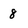
Character: 8